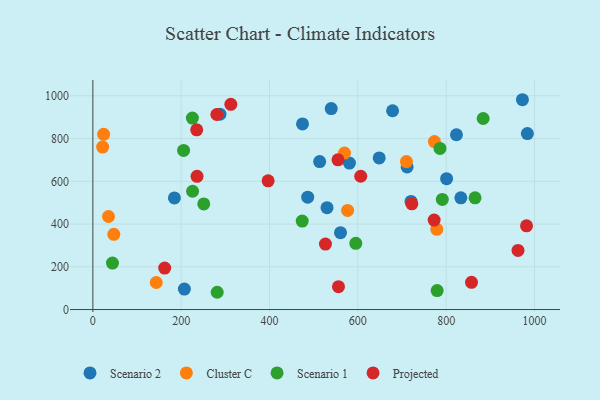
{"axis": {"x": "Study Hours", "y": "Salary"}, "legend": ["Cluster C", "Projected", "Scenario 1", "Scenario 2"], "data": [{"x": "720.3", "y": 505.7, "type": "Scenario 2"}, {"x": "530.2", "y": 476.5, "type": "Scenario 2"}, {"x": "474.7", "y": 868.7, "type": "Scenario 2"}, {"x": "678.6", "y": 930.0, "type": "Scenario 2"}, {"x": "648.3", "y": 709.4, "type": "Scenario 2"}, {"x": "486.4", "y": 525.9, "type": "Scenario 2"}, {"x": "800.9", "y": 612.1, "type": "Scenario 2"}, {"x": "823.2", "y": 817.8, "type": "Scenario 2"}, {"x": "711.5", "y": 667.1, "type": "Scenario 2"}, {"x": "560.7", "y": 359.5, "type": "Scenario 2"}, {"x": "833.2", "y": 522.7, "type": "Scenario 2"}, {"x": "539.7", "y": 940.4, "type": "Scenario 2"}, {"x": "580.9", "y": 685.5, "type": "Scenario 2"}, {"x": "184.6", "y": 522.2, "type": "Scenario 2"}, {"x": "207.2", "y": 95.6, "type": "Scenario 2"}, {"x": "983.8", "y": 823.2, "type": "Scenario 2"}, {"x": "513.5", "y": 692.5, "type": "Scenario 2"}, {"x": "972.6", "y": 981.7, "type": "Scenario 2"}, {"x": "287.8", "y": 913.9, "type": "Scenario 2"}, {"x": "143.5", "y": 126.5, "type": "Cluster C"}, {"x": "22.1", "y": 760.1, "type": "Cluster C"}, {"x": "24.4", "y": 819.9, "type": "Cluster C"}, {"x": "569.7", "y": 732.3, "type": "Cluster C"}, {"x": "710.0", "y": 692.3, "type": "Cluster C"}, {"x": "576.8", "y": 463.8, "type": "Cluster C"}, {"x": "47.4", "y": 352.0, "type": "Cluster C"}, {"x": "778.7", "y": 375.4, "type": "Cluster C"}, {"x": "35.4", "y": 435.3, "type": "Cluster C"}, {"x": "773.4", "y": 785.7, "type": "Cluster C"}, {"x": "225.8", "y": 553.4, "type": "Scenario 1"}, {"x": "474.0", "y": 414.1, "type": "Scenario 1"}, {"x": "791.2", "y": 515.0, "type": "Scenario 1"}, {"x": "779.5", "y": 88.9, "type": "Scenario 1"}, {"x": "281.5", "y": 80.8, "type": "Scenario 1"}, {"x": "785.9", "y": 753.7, "type": "Scenario 1"}, {"x": "865.3", "y": 522.5, "type": "Scenario 1"}, {"x": "205.4", "y": 744.5, "type": "Scenario 1"}, {"x": "595.3", "y": 310.0, "type": "Scenario 1"}, {"x": "883.7", "y": 893.9, "type": "Scenario 1"}, {"x": "225.3", "y": 895.9, "type": "Scenario 1"}, {"x": "44.4", "y": 217.6, "type": "Scenario 1"}, {"x": "251.1", "y": 494.3, "type": "Scenario 1"}, {"x": "555.0", "y": 700.6, "type": "Projected"}, {"x": "962.6", "y": 276.6, "type": "Projected"}, {"x": "162.6", "y": 193.9, "type": "Projected"}, {"x": "312.4", "y": 960.4, "type": "Projected"}, {"x": "556.1", "y": 106.8, "type": "Projected"}, {"x": "722.2", "y": 494.8, "type": "Projected"}, {"x": "526.6", "y": 306.4, "type": "Projected"}, {"x": "280.7", "y": 912.5, "type": "Projected"}, {"x": "235.1", "y": 840.8, "type": "Projected"}, {"x": "235.9", "y": 623.2, "type": "Projected"}, {"x": "857.3", "y": 127.2, "type": "Projected"}, {"x": "606.5", "y": 623.7, "type": "Projected"}, {"x": "396.8", "y": 602.1, "type": "Projected"}, {"x": "981.9", "y": 391.9, "type": "Projected"}, {"x": "772.7", "y": 418.4, "type": "Projected"}]}